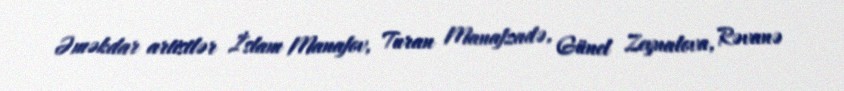
Əməkdar artistlər İslam Manafov, Turan Manafzadə, Günel Zeynalova, Rəvanə